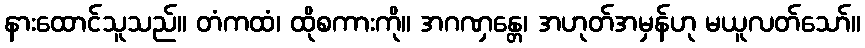
နားထောင်သူသည်။ တံကထံ၊ ထိုစကားကို။ အဂဏှန္တေ၊ အဟုတ်အမှန်ဟု မယူလတ်သော်။